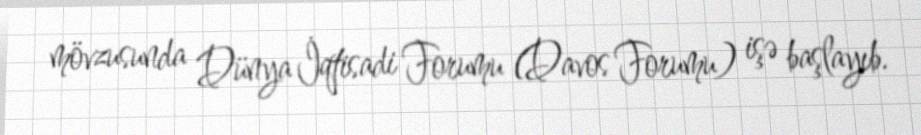
mövzusunda Dünya İqtisadi Forumu (Davos Forumu) işə başlayıb.